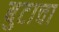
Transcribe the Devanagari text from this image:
बुटाचा